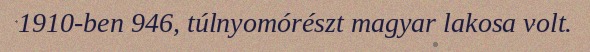
1910-ben 946, túlnyomórészt magyar lakosa volt.